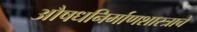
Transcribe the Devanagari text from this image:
औषधनिर्माणशास्त्राचे